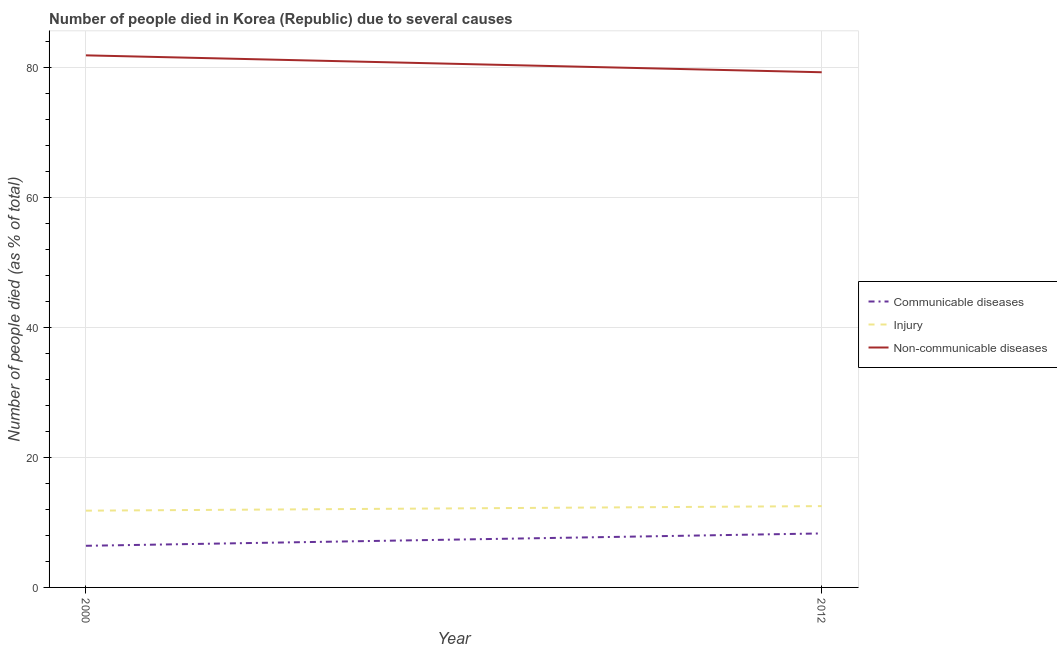
| Year | Communicable diseases | Injury | Non-communicable diseases |
 | --- | --- | --- | --- |
 | 2000 | 6.4 | 11.8 | 81.8 |
 | 2012 | 8.3 | 12.5 | 79.2 |